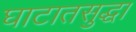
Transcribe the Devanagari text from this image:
घाटातसुद्धा